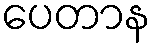
ပေတာန